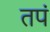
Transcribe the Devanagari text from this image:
तपं